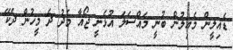
ޑެއިލީން މެއިލުން ބުނީ މައްސަލަ އުޅެނީ ޖޯއާ މެދު ދެ މީހުން ދެކޭ